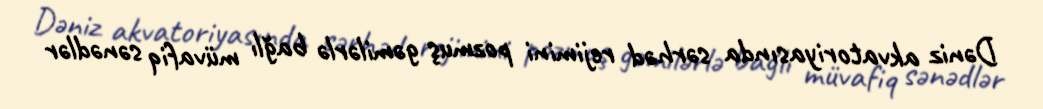
Dəniz akvatoriyasında sərhəd rejimini pozmuş gəmilərlə bağlı müvafiq sənədlər